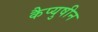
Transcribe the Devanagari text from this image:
कैप्युषीन